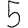
Digit: 5